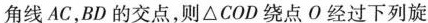
角线AC，BD的交点，则△COD绕点O经过下列旋